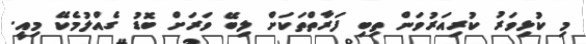
މި ކުޅިވަރު ކުރިއަރުވަން ތިބި ފަރާތްތަކަށް ލިބޭ ވަރަށް ބޮޑު ގެއްލުމެކޭ މިއީ.